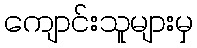
ကျောင်းသူများမှ